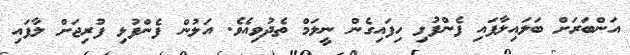
އަންބަރަށް ބަލައިލާފައި ފެންފުޅި ހިފައިގެން ނީލަމް ތެދުވިއެވެ. އަލުން ފެންފުޅި ފުރިޖަށް ލާފައި